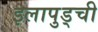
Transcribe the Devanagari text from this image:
इलापुड्ची